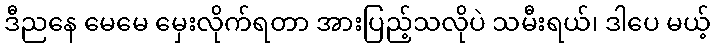
ဒီညနေ မေမေ မှေးလိုက်ရတာ အားပြည့်သလိုပဲ သမီးရယ်၊ ဒါပေ မယ့်